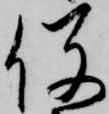
役